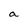
Character: a